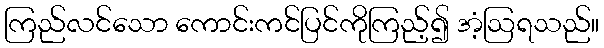
ကြည်လင်သော ကောင်းကင်ပြင်ကိုကြည့်၍ အံ့ဩရသည်။